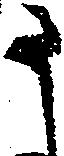
う